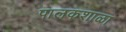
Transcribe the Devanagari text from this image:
पालकशाळा